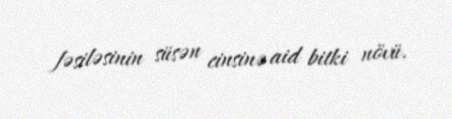
fəsiləsinin süsən cinsinə aid bitki növü.